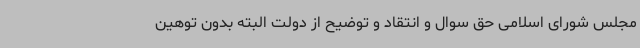
مجلس شورای اسلامی حق سوال و انتقاد و توضیح از دولت البته بدون توهین